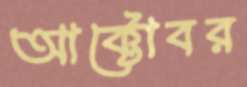
আক্টোবর